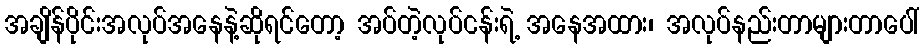
အချိန်ပိုင်းအလုပ်အနေနဲ့ဆိုရင်တော့ အပ်တဲ့လုပ်ငန်းရဲ့ အနေအထား၊ အလုပ်နည်းတာများတာပေါ်